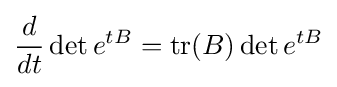
{\frac {d}{dt}}\det e^{tB}=\operatorname {tr} (B)\det e^{tB}